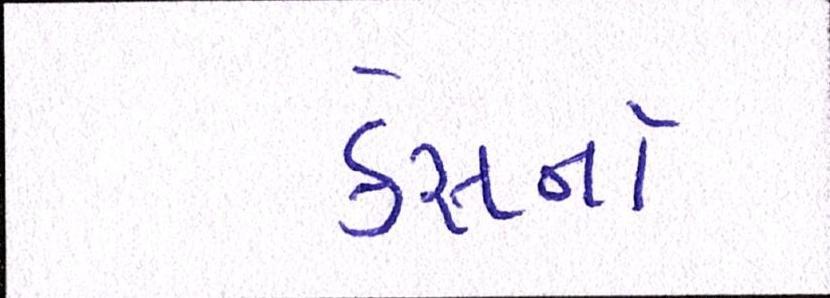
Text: કેસનો